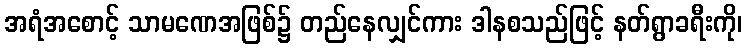
အရံအစောင့် သာမဏေအဖြစ်၌ တည်နေလျှင်ကား ဒါနစသည်ဖြင့် နတ်ရွာခရီးကို၊